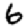
Digit: 6